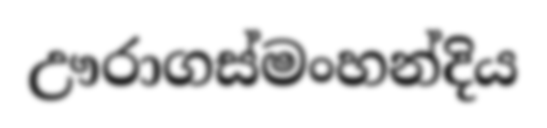
ඌරාගස්මංහන්දිය